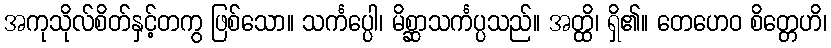
အကုသိုလ်စိတ်နှင့်တကွ ဖြစ်သော။ သင်္ကပ္ပေါ၊ မိစ္ဆာသင်္ကပ္ပသည်။ အတ္ထိ၊ ရှိ၏။ တေဟေဝ စိတ္တေဟိ၊